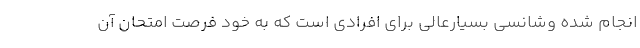
انجام شده وشانسی بسیارعالی برای افرادی است که به خود فرصت امتحان آن